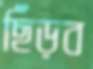
ছিঁড়ব